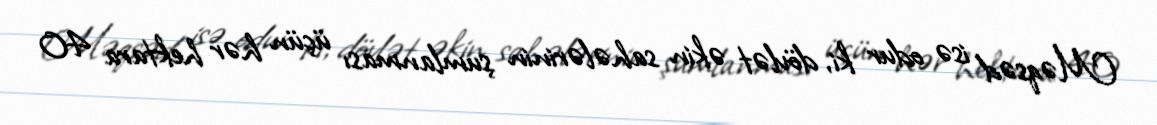
Məqsəd isə odur ki, dövlət əkin sahələrinin şumlanması üçün hər hektara 40